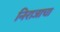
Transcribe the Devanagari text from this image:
निराजाचा